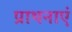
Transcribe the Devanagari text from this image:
प्राथनाएं